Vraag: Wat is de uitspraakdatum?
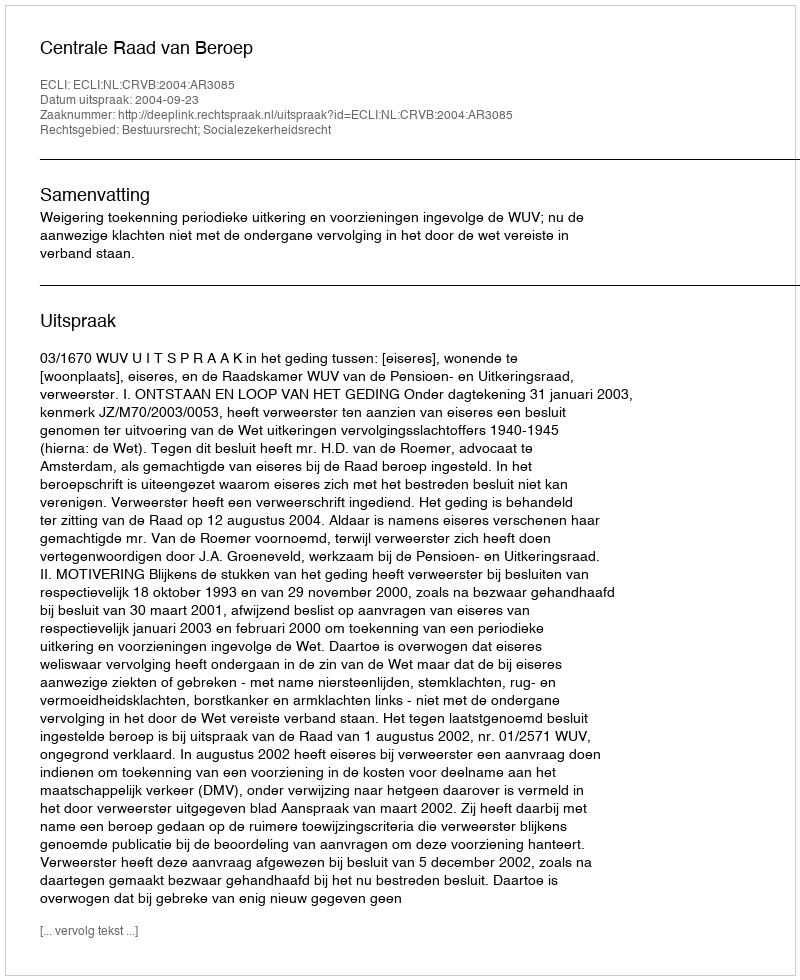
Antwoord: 2004-09-23